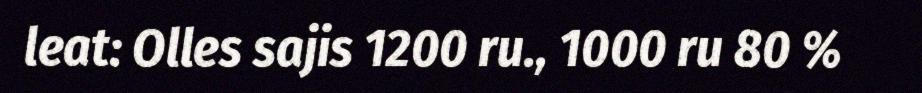
leat: Olles sajis 1200 ru., 1000 ru 80 %